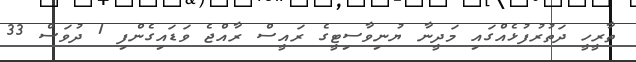
ތާރީހީ ދަތުރުފުޅެއްގައި މަދީނާ ޔުނިވާސިޓީގެ ރައީސް ރާއްޖެ ވަޑައިގެންފި 1 ދުވަސް 33